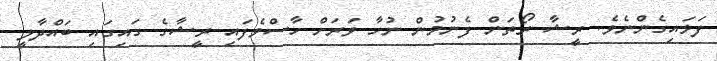
ފަޅައިގެންނެވެ. ރީޝާ ރޯތަން ފެނުމުން ނުހާ ވަރަށް ހާސްވެފައި ރީޝާގެ ގައިގައި ބައްދާލީ